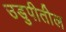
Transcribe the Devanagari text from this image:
उडुपीतील